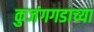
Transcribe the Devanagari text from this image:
कुजंगगडाच्या